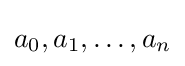
a_{0},a_{1},\ldots ,a_{n}